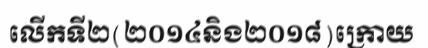
លើកទី២(២០១៤និង២០១៨)ក្រោយ